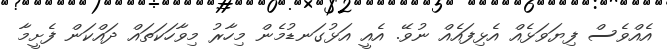
އެއްވެސް ފިޔަވަޅެއް އެޅިފައެއް ނުވޭ. އެއީ އަޅުގަނޑުމެން މިހާރު މިވާހަކަތައް ދައްކަން ފެށީމާ